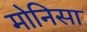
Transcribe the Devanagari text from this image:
मोनिसा